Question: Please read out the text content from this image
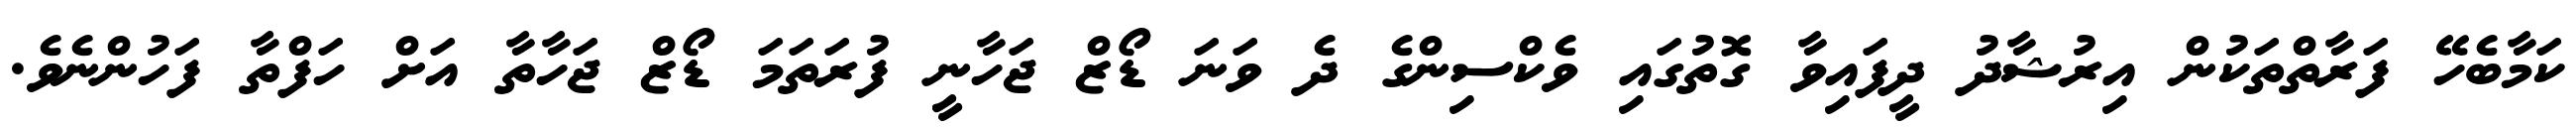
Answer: ކަމާބެހޭ ފަރާތްތަކުން އިރުޝާދު ދީފައިވާ ގޮތުގައި ވެކްސިންގެ ދެ ވަނަ ޑޯޒް ޖަހާނީ ފުރަތަމަ ޑޯޒް ޖަހާތާ އަށް ހަފްތާ ފަހުންނެވެ.